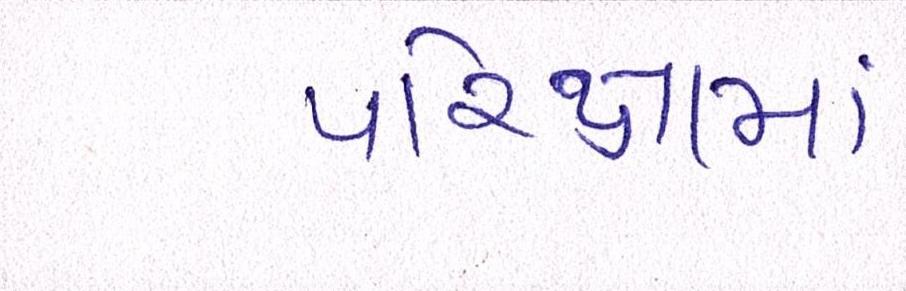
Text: પરિક્ષામાં